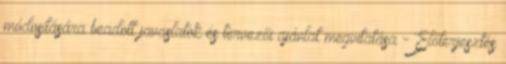
módosítására beadott javaslatok és tervezői ajánlat megvitatása - Előterjesztés